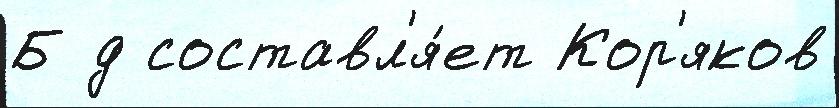
Б д составл'я́ет Кор'яков